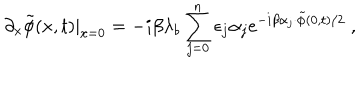
\partial _ { x } \tilde { \phi } ( x , t ) | _ { x = 0 } = - i \beta \lambda _ { b } \sum _ { j = 0 } ^ { n } \epsilon _ { j } \alpha _ { j } e ^ { - i \beta \alpha _ { j } \cdot \tilde { \phi } ( 0 , t ) / 2 } \ ,